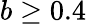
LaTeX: b\ge 0.4